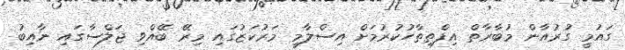
ގައުމީ ގުރުއާން މުބާރާތް އިފްތިތާހުކުރުމަށް އިސްލާމީ މަރުކަޒުގައި މިރޭ ބޭއްވި ޖަލްސާގައި ނާއިބު